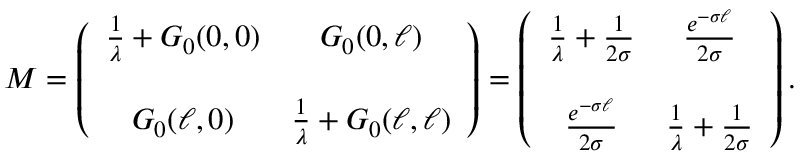
{ \cal M } = \left( \begin{array} { c c } { { \frac { 1 } { \lambda } + { \cal G } _ { 0 } ( 0 , 0 ) } } & { { { \cal G } _ { 0 } ( 0 , \ell ) } } \\ { { } } & { { } } \\ { { { \cal G } _ { 0 } ( \ell , 0 ) } } & { { \frac { 1 } { \lambda } + { \cal G } _ { 0 } ( \ell , \ell ) } } \end{array} \right) = \left( \begin{array} { c c } { { \frac { 1 } { \lambda } + \frac { 1 } { 2 \sigma } } } & { { \frac { e ^ { - \sigma \ell } } { 2 \sigma } } } \\ { { } } & { { } } \\ { { \frac { e ^ { - \sigma \ell } } { 2 \sigma } } } & { { \frac { 1 } { \lambda } + \frac { 1 } { 2 \sigma } } } \end{array} \right) .